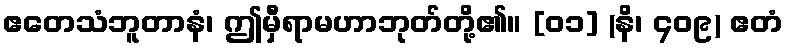
ဧတေသံဘူတာနံ၊ ဤမှီရာမဟာဘုတ်တို့၏။ [၀၁] (နိ၊ ၄၀၉) ဧတံ